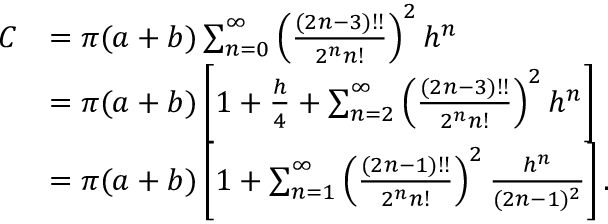
{ \begin{array} { r l } { C } & { = \pi ( a + b ) \sum _ { n = 0 } ^ { \infty } \left( { \frac { ( 2 n - 3 ) ! ! } { 2 ^ { n } n ! } } \right) ^ { 2 } h ^ { n } } \\ & { = \pi ( a + b ) \left[ 1 + { \frac { h } { 4 } } + \sum _ { n = 2 } ^ { \infty } \left( { \frac { ( 2 n - 3 ) ! ! } { 2 ^ { n } n ! } } \right) ^ { 2 } h ^ { n } \right] } \\ & { = \pi ( a + b ) \left[ 1 + \sum _ { n = 1 } ^ { \infty } \left( { \frac { ( 2 n - 1 ) ! ! } { 2 ^ { n } n ! } } \right) ^ { 2 } { \frac { h ^ { n } } { ( 2 n - 1 ) ^ { 2 } } } \right] . } \end{array} }